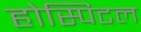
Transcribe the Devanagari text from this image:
होस्पिटल